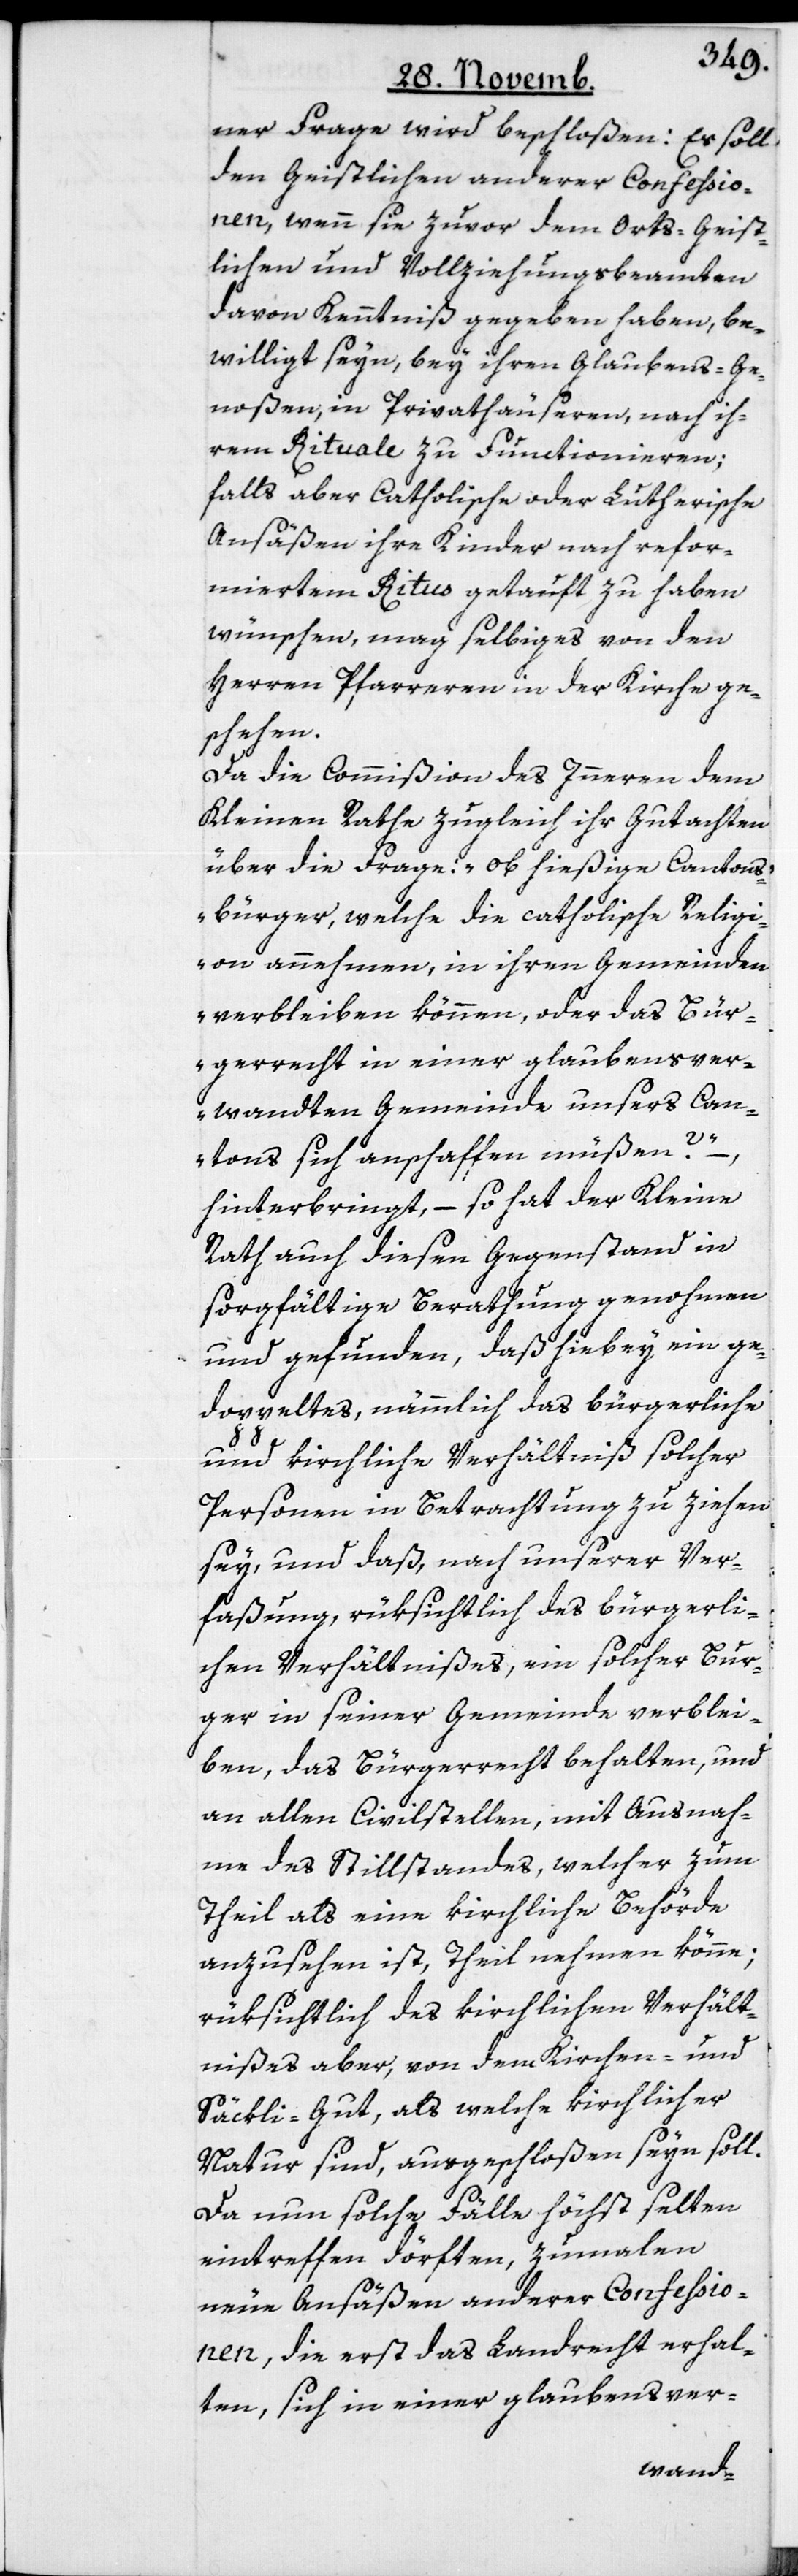
ner Frage wird beschloßen: Es soll
den Geistlichen anderer Confeßio¬
nen, wenn sie zuvor dem Orts-Geist¬
lichen und Vollziehungsbeamten
davon Kenntniß gegeben haben, be¬
willigt seyn, bey ihren Glaubens-Ge¬
noßen, in Privathäuseren, nach ih¬
rem Rituale zu Functionieren;
falls aber Catholische oder Lutherische
Ansäßen ihre Kinder nach refor¬
miertem Ritus getauft zu haben
wünschen, mag selbiges von den
Herren Pfarreren in der Kirche ge¬
schehen.
Da die Commißion des Innern dem
Kleinen Rathe zugleich ihr Gutachten
über die Frage: „ob hießige Cantons¬
bürger, welche die catholische Religi¬
on annehmen, in ihren Gemeinden
verbleiben können, oder das Bür¬
gerrecht in einer glaubensver¬
wandten Gemeinde unsers Can¬
tons sich anschaffen müßen?“
hinterbringt, – so hat der Kleine
Rath auch diesen Gegenstand in
sorgfältige Berathung genohmen
und gefunden, daß hiebey ein ge¬
doppeltes, nämmlich das bürgerliche
und kirchliche Verhältniß solcher
Personen in Betrachtung zu ziehen
sey, und daß, nach unserer Ver¬
faßung, rüksichtlich des bürgerli¬
chen Verhältnißes, ein solcher Bur¬
ger in seiner Gemeinde verblei¬
ben, das Bürgerrecht behalten, und
an allen Civilstellen, mit Ausnah¬
me des Stillstandes, welcher zum
Theil als eine kirchliche Behörde
anzusehen ist, theilnehmen könne;
rüksichtlich des kirchlichen Verhält¬
nißes aber, von den Kirchen- und
Säckli-Gut, als welche kirchlicher
Natur sind, ausgeschloßen seyn soll.
Da nun solche Fälle höchst selten
eintreffen dörften, zumalen
neue Ansäßen anderer Confeßio¬
nen, die erst das Landrecht erhal¬
ten, sich in einer glaubensver-